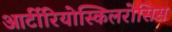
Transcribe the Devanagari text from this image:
आर्टीरियोस्किलरोसिस